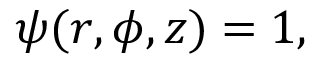
\begin{array} { r } { \psi ( r , \phi , z ) = 1 , } \end{array}